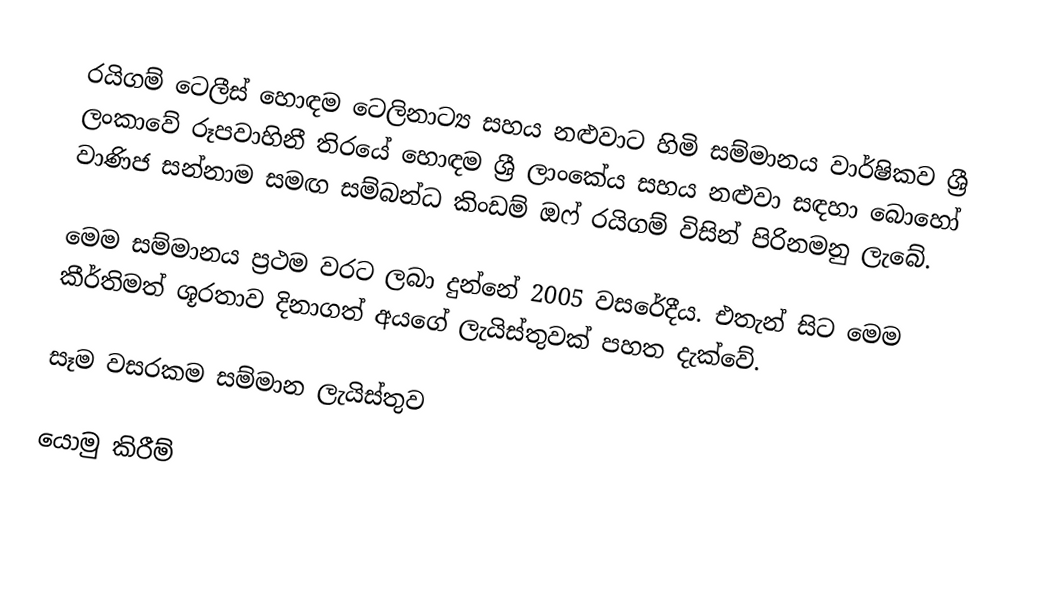
රයිගම් ටෙලීස් හොඳම ටෙලිනාට්‍ය සහය නළුවාට හිමි සම්මානය වාර්ෂිකව ශ්‍රී ලංකාවේ රූපවාහිනී තිරයේ හොඳම ශ්‍රී ලාංකේය සහය නළුවා සඳහා බොහෝ වාණිජ සන්නාම සමඟ සම්බන්ධ කිංඩම් ඔෆ් රයිගම් විසින් පිරිනමනු ලැබේ.

මෙම සම්මානය ප්‍රථම වරට ලබා දුන්නේ 2005 වසරේදීය. එතැන් සිට මෙම කීර්තිමත් ශූරතාව දිනාගත් අයගේ ලැයිස්තුවක් පහත දැක්වේ.

සෑම වසරකම සම්මාන ලැයිස්තුව

යොමු කිරීම්